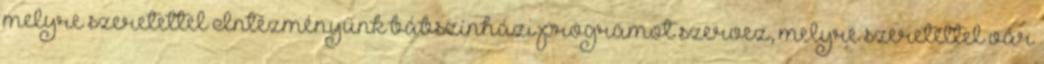
melyre szeretettel Intézményünk bábszínházi programot szervez, melyre szeretettel vár